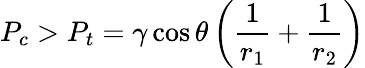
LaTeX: P_{c}>P_{t}=\gamma\cos{\theta}\left(\frac{1}{r_{1}}+\frac{1}{r_{2}}\right)